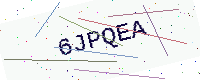
Text: 6JPQEA